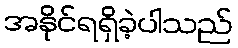
အနိုင်ရရှိခဲ့ပါသည်